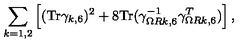
\sum _ { k = 1 , 2 } \left[ ( \mathrm { T r } \gamma _ { k , 6 } ) ^ { 2 } + 8 \mathrm { T r } ( \gamma _ { \Omega R k , 6 } ^ { - 1 } \gamma _ { \Omega R k , 6 } ^ { T } ) \right] ,